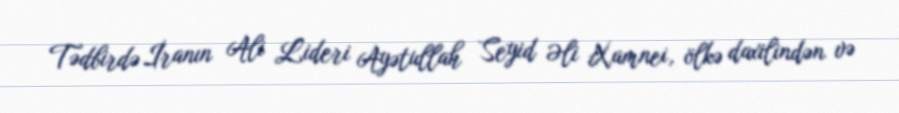
Tədbirdə İranın Ali Lideri Ayətullah Seyid Əli Xamnei, ölkə daxilindən və